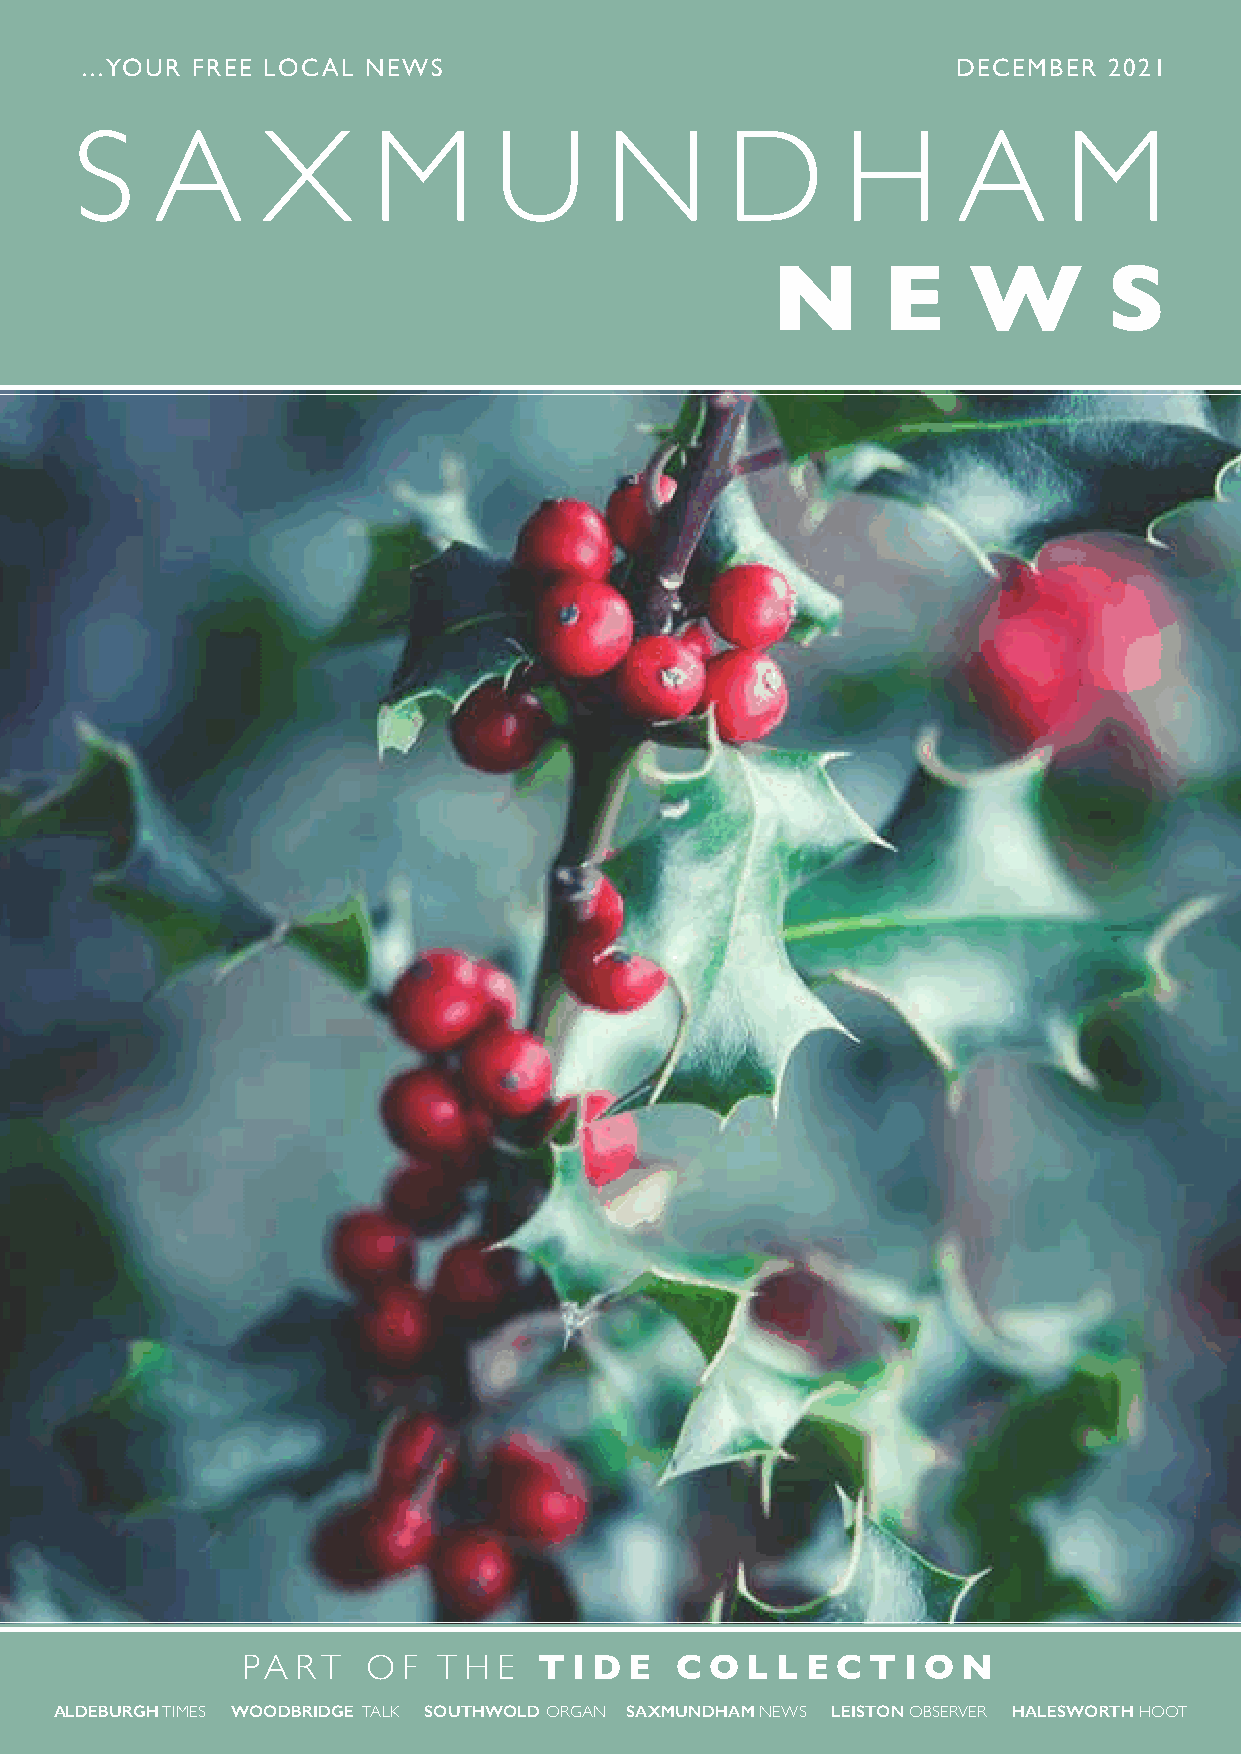
...YOUR FREE LOCAL NEWS                                   DECEMBER  2021
 S    A      X       M       U      N       D       H      A      M
 N      E     W        S
 PA  RT  O  F T H E  T I D E  C O L L E C  T I O N
 ALDEBURGH TIMES WOODBRIDGE TALK SOUTHWOLD ORGAN SAXMUNDHAM NEWS LEISTON OBSERVER HALESWORTH HOOT